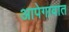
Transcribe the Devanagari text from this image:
आपेगावात